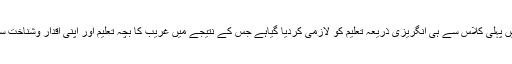
اسی طرح پنجاب میں پہلی کلاس سے ہی انگریزی ذریعہ تعلیم کو لازمی کردیا گیاہے جس کے نتیجے میں غریب کا بچہ تعلیم اور اپنی اقدار وشناخت سے محروم رہے گا۔